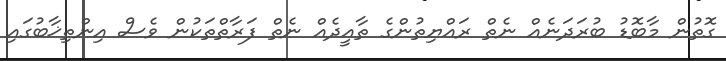
ގޮތުން މާބޮޑު ބުރަދަނެއް ނެތް ރައްޔިތުންގެ ތާއީދެއް ނެތް ފަރާތްތަކުން ވެސް އިންތިޚާބުގައި